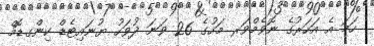
ހަމަ އެ އަހަރުގެ ނޮވެމްވަރ މަހުގެ 26 ވަނަ ދުވަހު ޔުނައިޓެޑް ކިންގޑޮމް